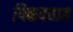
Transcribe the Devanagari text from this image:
पिकवतात